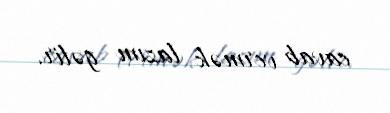
cavab vermək lazım gəlir.